Leprosy in India: report of the Leprosy Commission in India, 1890-91
Year: 1890
Disease focus: Leprosy
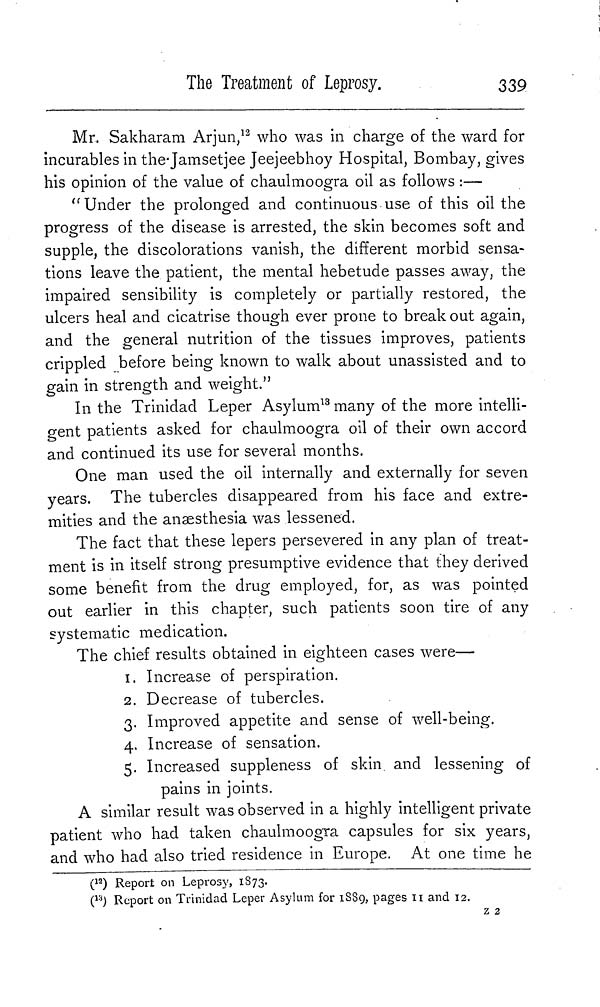
The Treatment of Leprosy.
339
Mr. Sakharam Arjun, 12 who was in charge of the ward for
incurables in the Jamsetjee Jeejeebhoy Hospital, Bombay, gives
his opinion of the value of chaulmoogra oil as follows :—
" Under the prolonged and continuous use of this oil the
progress of the disease is arrested, the skin becomes soft and
supple, the discolorations vanish, the different morbid sensa-
tions leave the patient, the mental hebetude passes away, the
impaired sensibility is completely or partially restored, the
ulcers heal and cicatrise though ever prone to break out again,
and the general nutrition of the tissues improves, patients
crippled before being known to walk about unassisted and to
gain in strength and weight."
In the Trinidad Leper Asylum 13 many of the more intelli-
gent patients asked for chaulmoogra oil of their own accord
and continued its use for several months.
One man used the oil internally and externally for seven
years. The tubercles disappeared from his face and extre-
mities and the anaesthesia was lessened.
The fact that these lepers persevered in any plan of treat-
ment is in itself strong presumptive evidence that they derived
some benefit from the drug employed, for, as was pointed
out earlier in this chapter, such patients soon tire of any
systematic medication.
The chief results obtained in eighteen cases were—
1. Increase of perspiration.
2. Decrease of tubercles.
3. Improved appetite and sense of well-being.
4. Increase of sensation.
5. Increased suppleness of skin and lessening of
pains in joints.
A similar result was observed in a highly intelligent private
patient who had taken chaulmoogra capsules for six years,
and who had also tried residence in Europe. At one time he
( 12 ) Report on Leprosy, 1873.
( 13 ) Report on Trinidad Leper Asylum for 1889, pages 11 and 12.
z 2